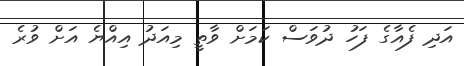
އަދި ފެއާގެ ފަހު ދުވަސް ކަމަށް ވާތީ މިއަދު އިއްޔެ އަށް ވުރެ